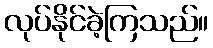
လုပ်နိုင်ခဲ့ကြသည်။